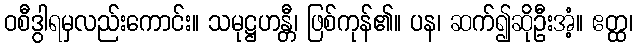
ဝစီဒွါရမှလည်းကောင်း။ သမုဋ္ဌဟန္တီ၊ ဖြစ်ကုန်၏။ ပန၊ ဆက်၍ဆိုဦးအံ့။ ဧတ္ထ၊